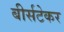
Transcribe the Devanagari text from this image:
बीर्सटेकर